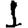
Digit: 1